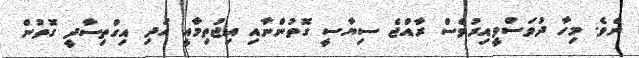
ނެވެ. މިހާ ދުވަސްވީއިރުވެސް ރާއްޖެ ސިޔާސީ ގޮތުންނާއި އިޖުތިމާއީ އަދި އިގްތިސާދީ ގޮތުން